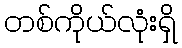
တစ်ကိုယ်လုံးရှိ